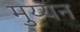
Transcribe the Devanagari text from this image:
मुय्यन